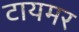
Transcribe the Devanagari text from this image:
टायमर